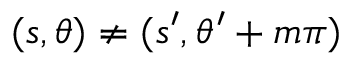
( s , \theta ) \neq ( s ^ { \prime } , \theta ^ { \prime } + m \pi )